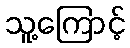
သူ့ကြောင့်